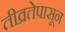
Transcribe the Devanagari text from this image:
तीव्रतेपासून